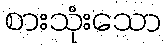
စားသုံးသော